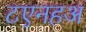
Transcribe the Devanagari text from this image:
टएनहअ